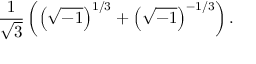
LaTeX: { \frac { 1 } { \sqrt { 3 } } } \left( \left( { \sqrt { - 1 } } \right) ^ { 1 / 3 } + \left( { \sqrt { - 1 } } \right) ^ { - 1 / 3 } \right) .